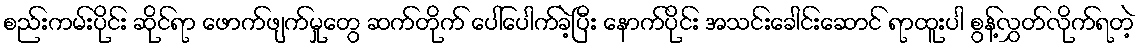
စည်းကမ်းပိုင်း ဆိုင်ရာ ဖောက်ဖျက်မှုတွေ ဆက်တိုက် ပေါ်ပေါက်ခဲ့ပြီး နောက်ပိုင်း အသင်းခေါင်းဆောင် ရာထူးပါ စွန့်လွှတ်လိုက်ရတဲ့